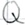
Text: Q